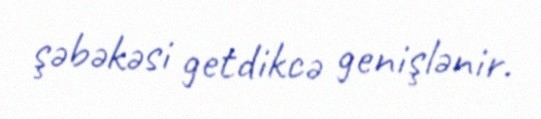
şəbəkəsi getdikcə genişlənir.